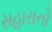
સહારાનો